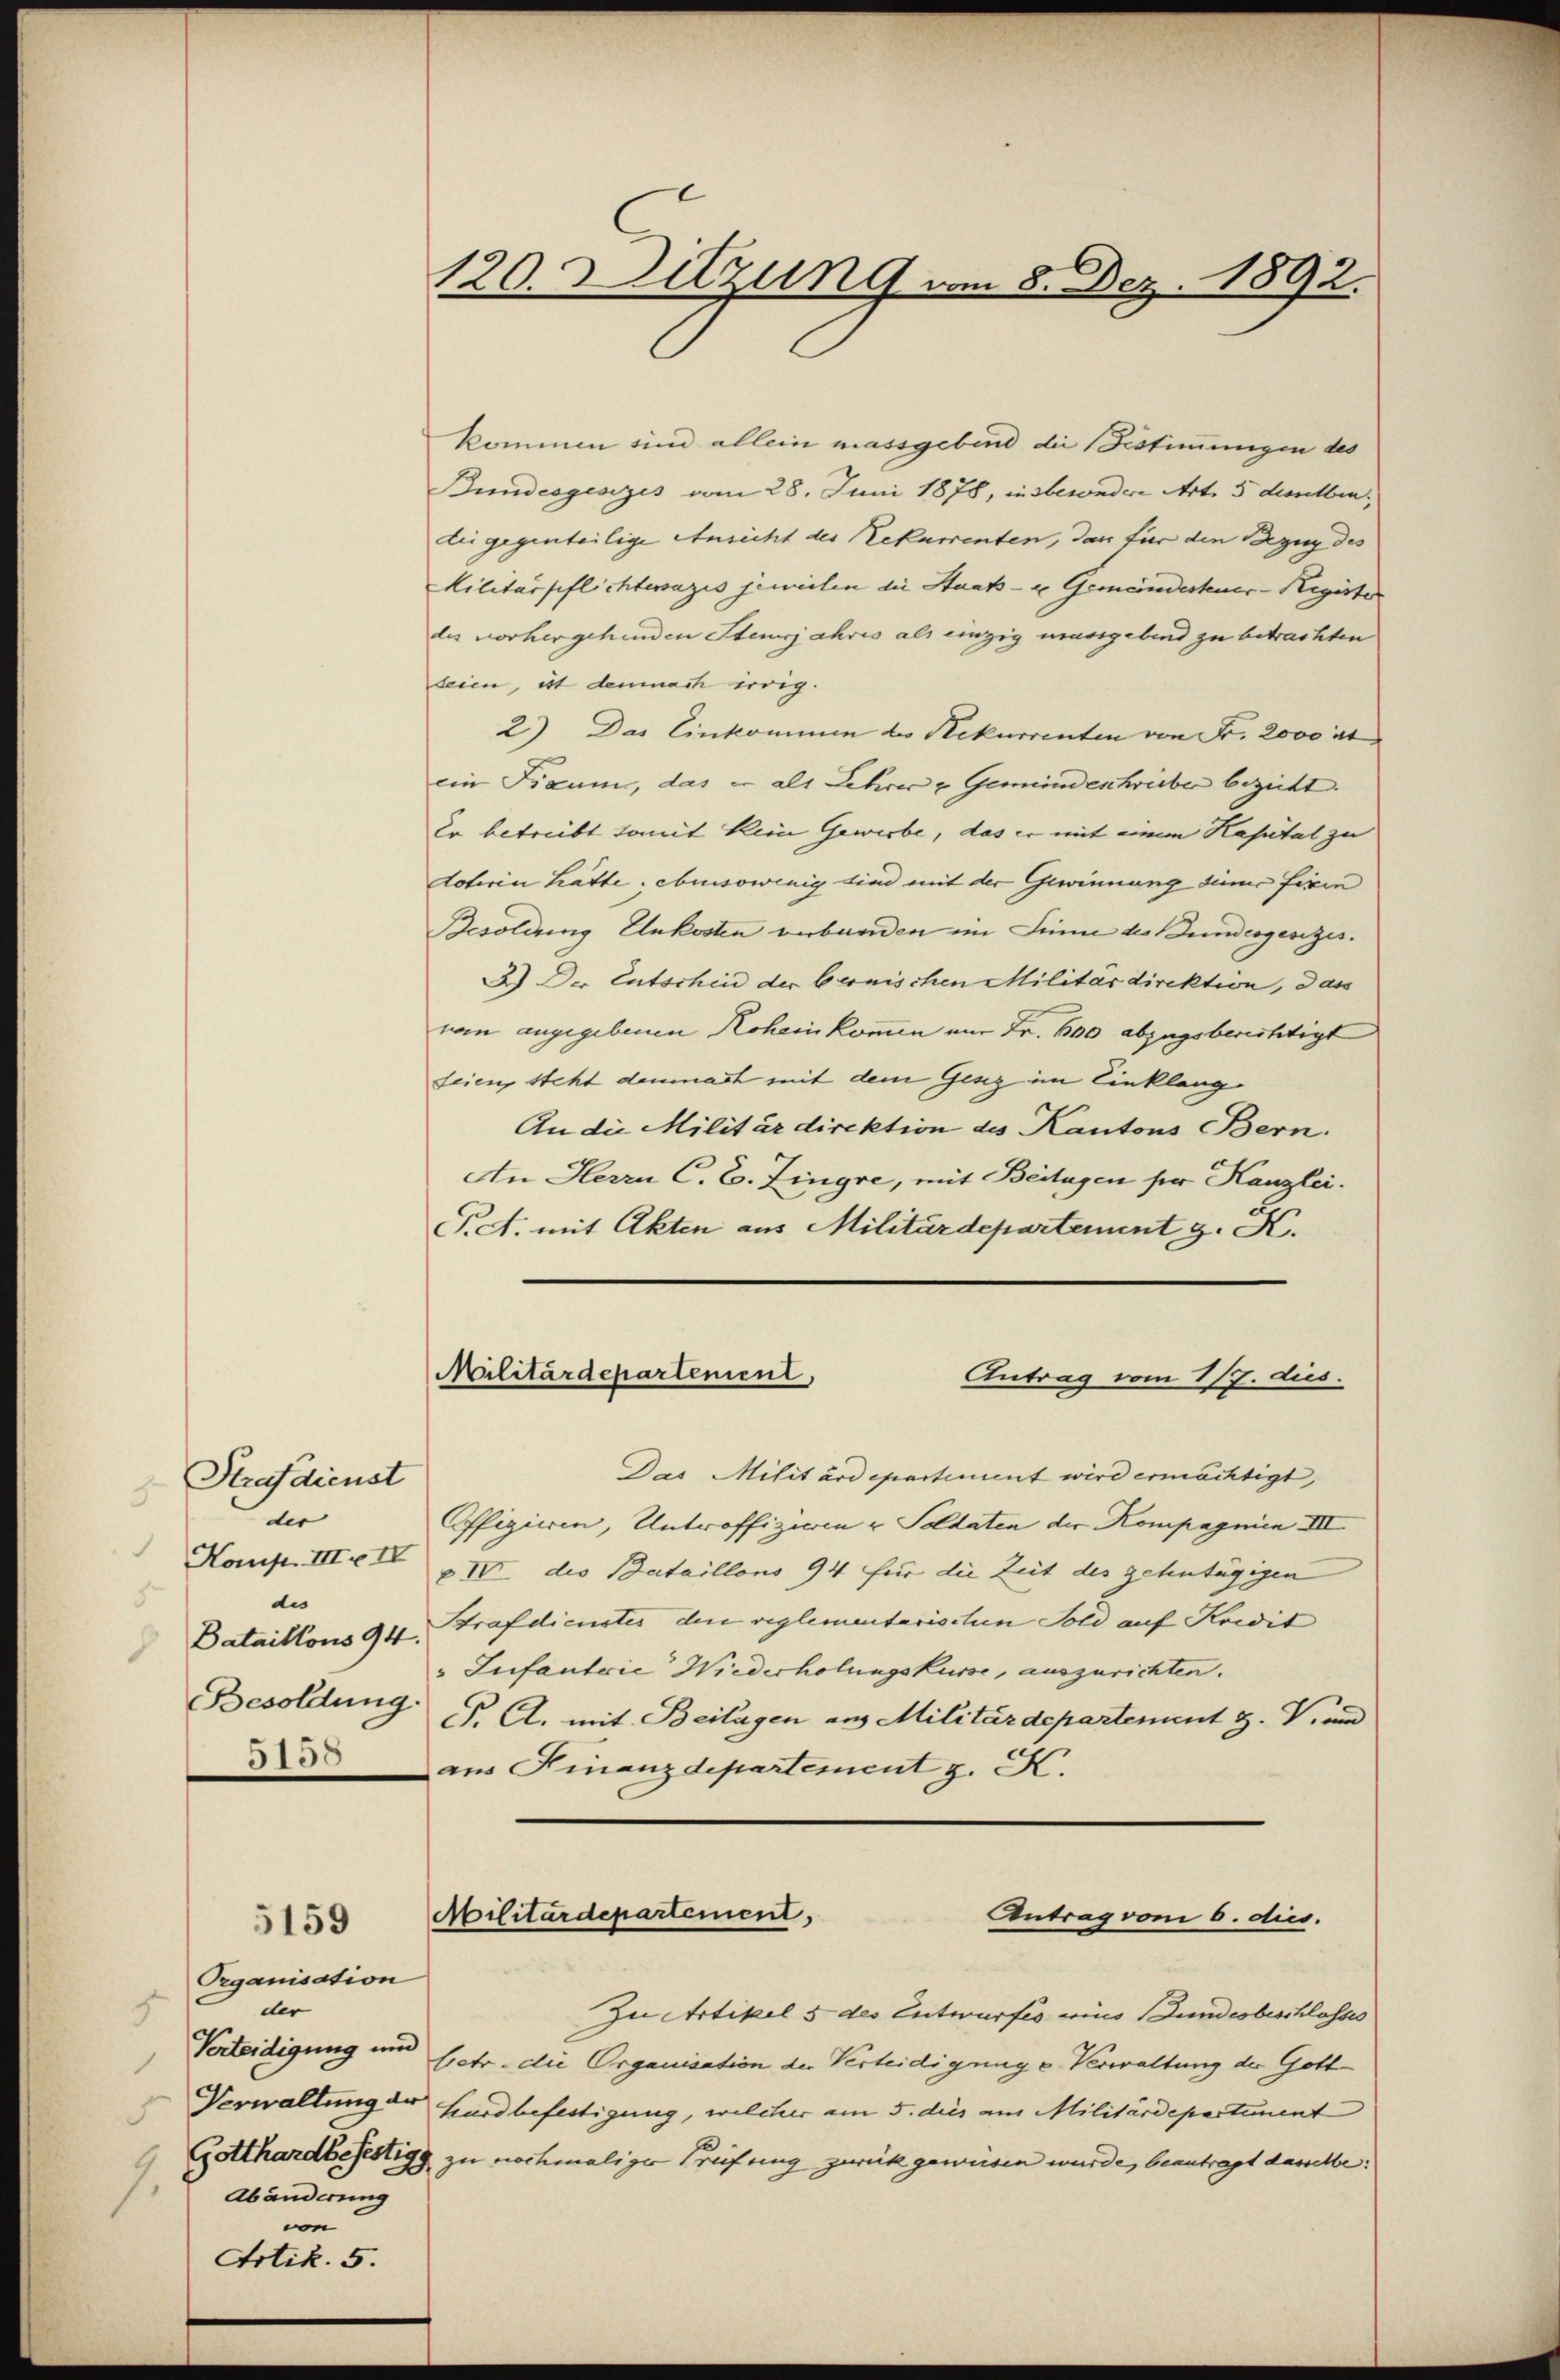
Strafdienst
8.
der
5
de
Bataillons 94.
Besoldung.
5158

s

1.

Organisation
der
Verteidigung und
Abänderung
von
Artik. 5.

5159

120. Sitzung vom 8. Dez. 1892.

kommen sind allein massgebind die Bestimmungen des
Bundesgesezes vom 28. Juni 1878, insbesondere Art. 5 desselben,
die gegenteilige Ansicht des Rekurrenten, dann für den Bezug des
Militärpflichtersazis jeweilen die Staats- u Gemeindesteuer-Register
des vorhergehenden Stenjahres als einzig mangebend zu betrachten
beien, ist demnach irrig.
2) Das Einkommen des Rekurrenten von Fr. 2000 rt
ein Fixum, das er als Lehrer u Gemeindeschreiber bezieht.
Er betreibt somit kein Gewerbe, das er mit einem Kapital zu
dotiren hätte, ebensowenig sind mit der Gewinnung dem fixen
Besoldung Unkosten verbunden im Sinne des Gundesgesezes.
2.) Der Entschin der bernischen Militärdirektion, das
nom angegebenen Kohain kommen am Fr. 600 abzugsberichtigt
seien steht demnach mit dem Gesez im Einklang¬
An die Militärdirektion des Kantons Bern.
An Herrn C. E. Zingre, mit Beilagen für Kanzlei.
Pct. mit Akten aus Militärdepartement g. K.

Das Militärdepartement wird ermächtigt,
Offizieren, Untroffizien u. Soldaten der Kompagnien III.
Komp. III. III des Bataillons 94 für die Zeit des gehntägigen
Strafdienstes den veglementarischen Sold auf Komit
"Infantrie Wiederholungskurse, auszurichten.
S. A. mit Beilagen aus Militärdepartement H. V. und
ans Finanzdepartement z. K.

Militärdepartement,
Antrag vom 1/9. dus.

Militärdepartement,
Antrag vom 6. dies.

Zu Artikel 5 des Entwurfes eins Bundesbeschlosses
betr. die Organisation der Verteidigung u. Verwaltung der Gott¬
Verwaltung der Kurdbefestigung, welcher am 5. dies aus Militärdepartement
Gotthardbefestigg zu nochmaliger Treifung zurück geweisen wurde, beantragt dasselbe: